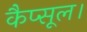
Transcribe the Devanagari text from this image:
कैप्सूल।